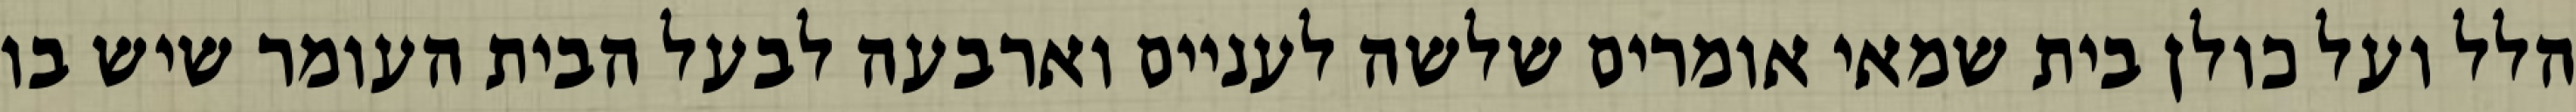
הלל ועל כולן בית שמאי אומרים שלשה לעניים וארבעה לבעל הבית העומר שיש בו